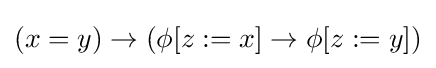
\left(x=y\right)\to \left(\phi [z:=x]\to \phi [z:=y]\right)